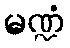
မဏ္ဍံ